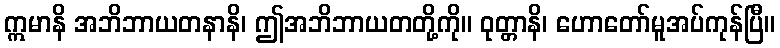
ဣမာနိ အဘိဘာယတနာနိ၊ ဤအဘိဘာယတတို့ကို။ ဝုတ္တာနိ၊ ဟောတော်မူအပ်ကုန်ပြီ။